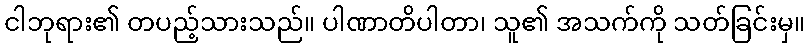
ငါဘုရား၏ တပည့်သားသည်။ ပါဏာတိပါတာ၊ သူ၏ အသက်ကို သတ်ခြင်းမှ။